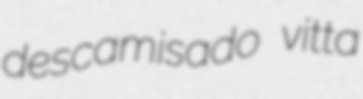
descamisado vitta